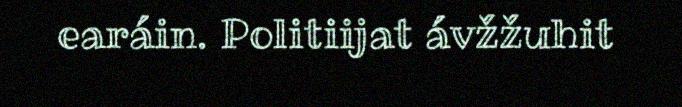
earáin. Politiijat ávžžuhit